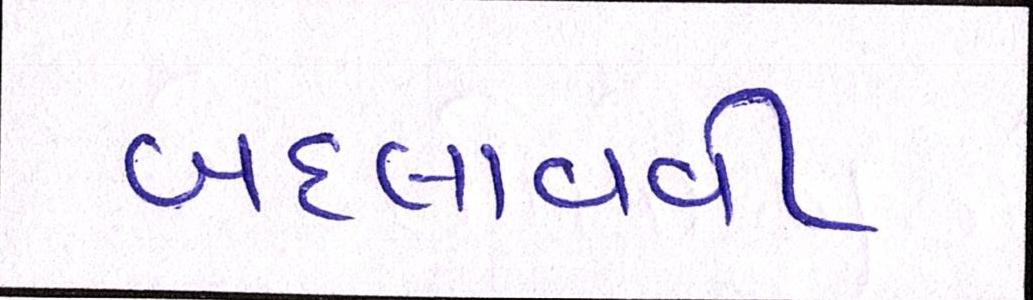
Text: બદલાવવી